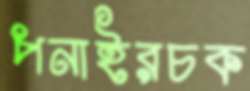
পনাইরচক